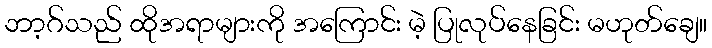
ဘာ့ဂ်သည် ထိုအရာများကို အကြောင်း မဲ့ ပြုလုပ်နေခြင်း မဟုတ်ချေ။